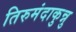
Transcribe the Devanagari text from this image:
तिरुमंदाकुन्नु